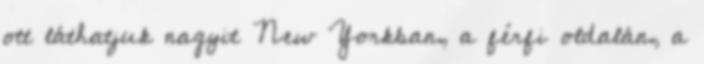
ott láthatjuk nagyit New Yorkban, a férfi oldalán, a